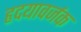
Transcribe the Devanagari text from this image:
हृदयावर्जक